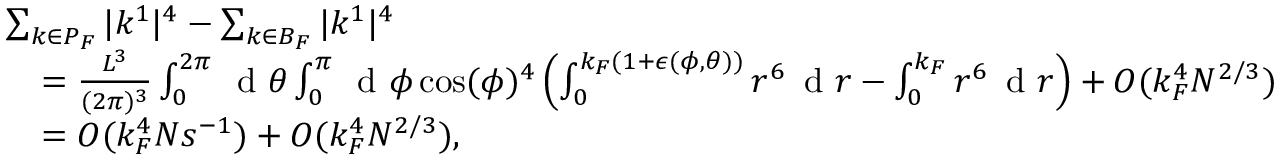
\begin{array} { r l } & { \sum _ { k \in P _ { F } } | k ^ { 1 } | ^ { 4 } - \sum _ { k \in B _ { F } } | k ^ { 1 } | ^ { 4 } } \\ & { \quad = \frac { L ^ { 3 } } { ( 2 \pi ) ^ { 3 } } \int _ { 0 } ^ { 2 \pi } \, \textnormal { d } \theta \int _ { 0 } ^ { \pi } \, \textnormal { d } \phi \cos ( \phi ) ^ { 4 } \left( \int _ { 0 } ^ { k _ { F } ( 1 + \epsilon ( \phi , \theta ) ) } r ^ { 6 } \, \textnormal { d } r - \int _ { 0 } ^ { k _ { F } } r ^ { 6 } \, \textnormal { d } r \right) + O ( k _ { F } ^ { 4 } N ^ { 2 / 3 } ) } \\ & { \quad = O ( k _ { F } ^ { 4 } N s ^ { - 1 } ) + O ( k _ { F } ^ { 4 } N ^ { 2 / 3 } ) , } \end{array}